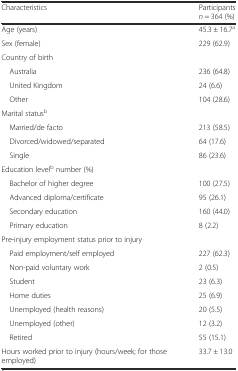
| Characteristics | Participants n = 364 (%) |
 | --- | --- |
 | Age (years) | 45.3 ± 16.7a |
 | Sex (female) | 229 (62.9) |
 | Country of birth |  |
 | Australia | 236 (64.8) |
 | United Kingdom | 24 (6.6) |
 | Other | 104 (28.6) |
 | Marital statusb |  |
 | Married/de facto | 213 (58.5) |
 | Divorced/widowed/separated | 64 (17.6) |
 | Single | 86 (23.6) |
 | Education levelb number (%) |  |
 | Bachelor of higher degree | 100 (27.5) |
 | Advanced diploma/certificate | 95 (26.1) |
 | Secondary education | 160 (44.0) |
 | Primary education | 8 (2.2) |
 | Pre-injury employment status prior to injury |  |
 | Paid employment/self employed | 227 (62.3) |
 | Non-paid voluntary work | 2 (0.5) |
 | Student | 23 (6.3) |
 | Home duties | 25 (6.9) |
 | Unemployed (health reasons) | 20 (5.5) |
 | Unemployed (other) | 12 (3.2) |
 | Retired | 55 (15.1) |
 | Hours worked prior to injury (hours/week; for those employed) | 33.7 ± 13.0 |